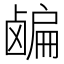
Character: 𬸸